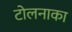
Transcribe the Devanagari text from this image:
टोलनाका